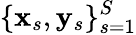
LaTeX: \{ \mathbf{x}_{s},\mathbf{y}_{s}\} _{s=1}^{S}